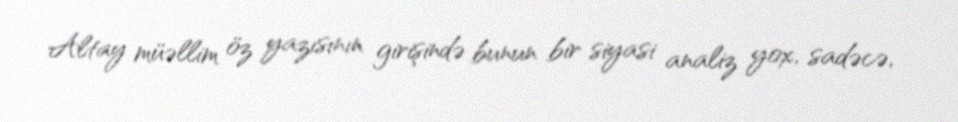
Altay müəllim öz yazısının girişində bunun bir siyasi analiz yox, sadəcə,